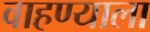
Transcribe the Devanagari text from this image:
वाहण्याला